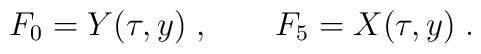
F_{0}=Y(\tau,y)\; ,\qquad  F_{5}=X(\tau,y)\; .